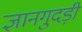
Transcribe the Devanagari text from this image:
ज्ञानगुदड़ी